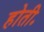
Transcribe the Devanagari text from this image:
होती॰